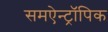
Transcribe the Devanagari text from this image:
समऐन्ट्रॉपिक